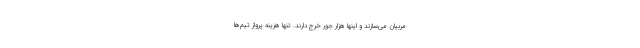
مربیان می‌سازند و اینها هزار جور خرج دارند. تنها هزینه پرواز تیم‌ها